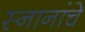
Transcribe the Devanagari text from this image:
स्नानांचे